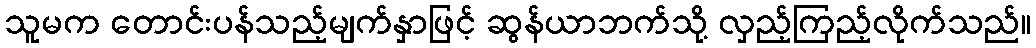
သူမက တောင်းပန်သည့်မျက်နှာဖြင့် ဆွန်ယာဘက်သို့ လှည့်ကြည့်လိုက်သည်။